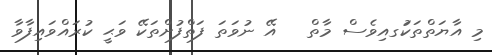
މި އާޔަތްތަކުަގއިވެސް މާތް   އޭ ނުވަތަ ފަތްފުށްތަކޭ ވަޙީ ކުރައްވައިފާވާ